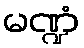
မဏ္ဍံ